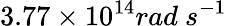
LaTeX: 3.77\times 10^{14}rad\ s^{-1}